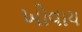
ખોવાય